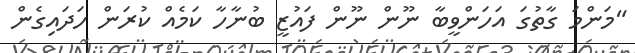
"މަންމަ ގާތުގަ އަހަންވީބާ ނޫން ނޫން ފައުޒީ ބުނާހާ ކަމެއް ކުރަން ހަދައިގެން